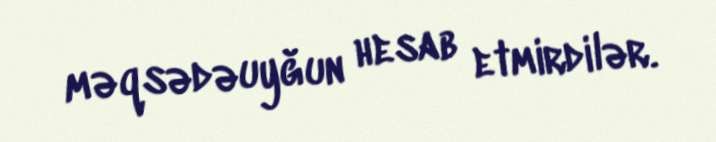
məqsədəuyğun hesab etmirdilər.